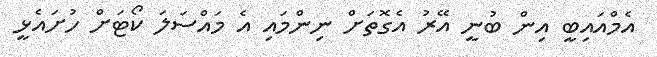
އެމްއައިބީ އިން ބުނީ އޭރު އެގޮތަށް ނިންމައި އެ މައްސަލަ ކޯޓަށް ހުށައެޅީ